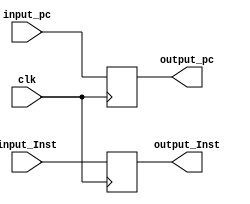
module IF_ID(clk,
             input_pc,output_pc,
             input_Inst,output_Inst
             );
input wire [31:0] input_pc,input_Inst;
input clk;
output reg [31:0] output_pc,output_Inst;
always @(posedge clk)
begin
output_pc <= input_pc;
output_Inst <= input_Inst;
end  
endmodule